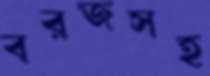
বরজসহ